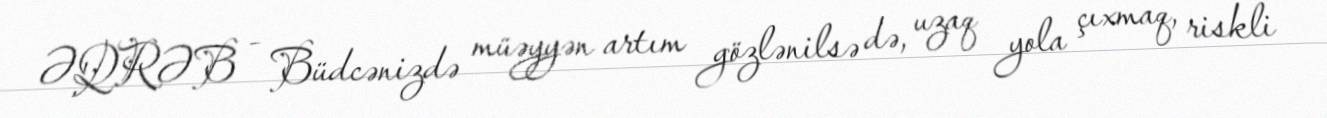
ƏQRƏB - Büdcənizdə müəyyən artım gözlənilsə də, uzaq yola çıxmaq, riskli